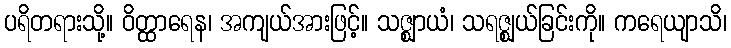
ပရိတရားသို့။ ဝိတ္ထာရေန၊ အကျယ်အားဖြင့်။ သဇ္ဈာယံ၊ သရဇ္ဈယ်ခြင်းကို။ ကရေယျာသိ၊